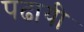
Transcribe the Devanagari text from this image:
पढायी